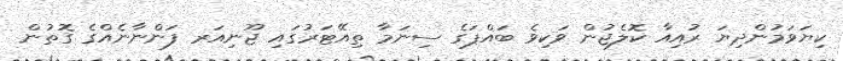
ކިޔަވަމުންދިޔަ ރުއިއާ ކޮލެޖުން ވަކިވެ ބައްޕަގެ ސިނަމާ ތިއޭޓަރުގައި ޖޫނިއަރ ފަންނާނެއްގެ ގޮތުން